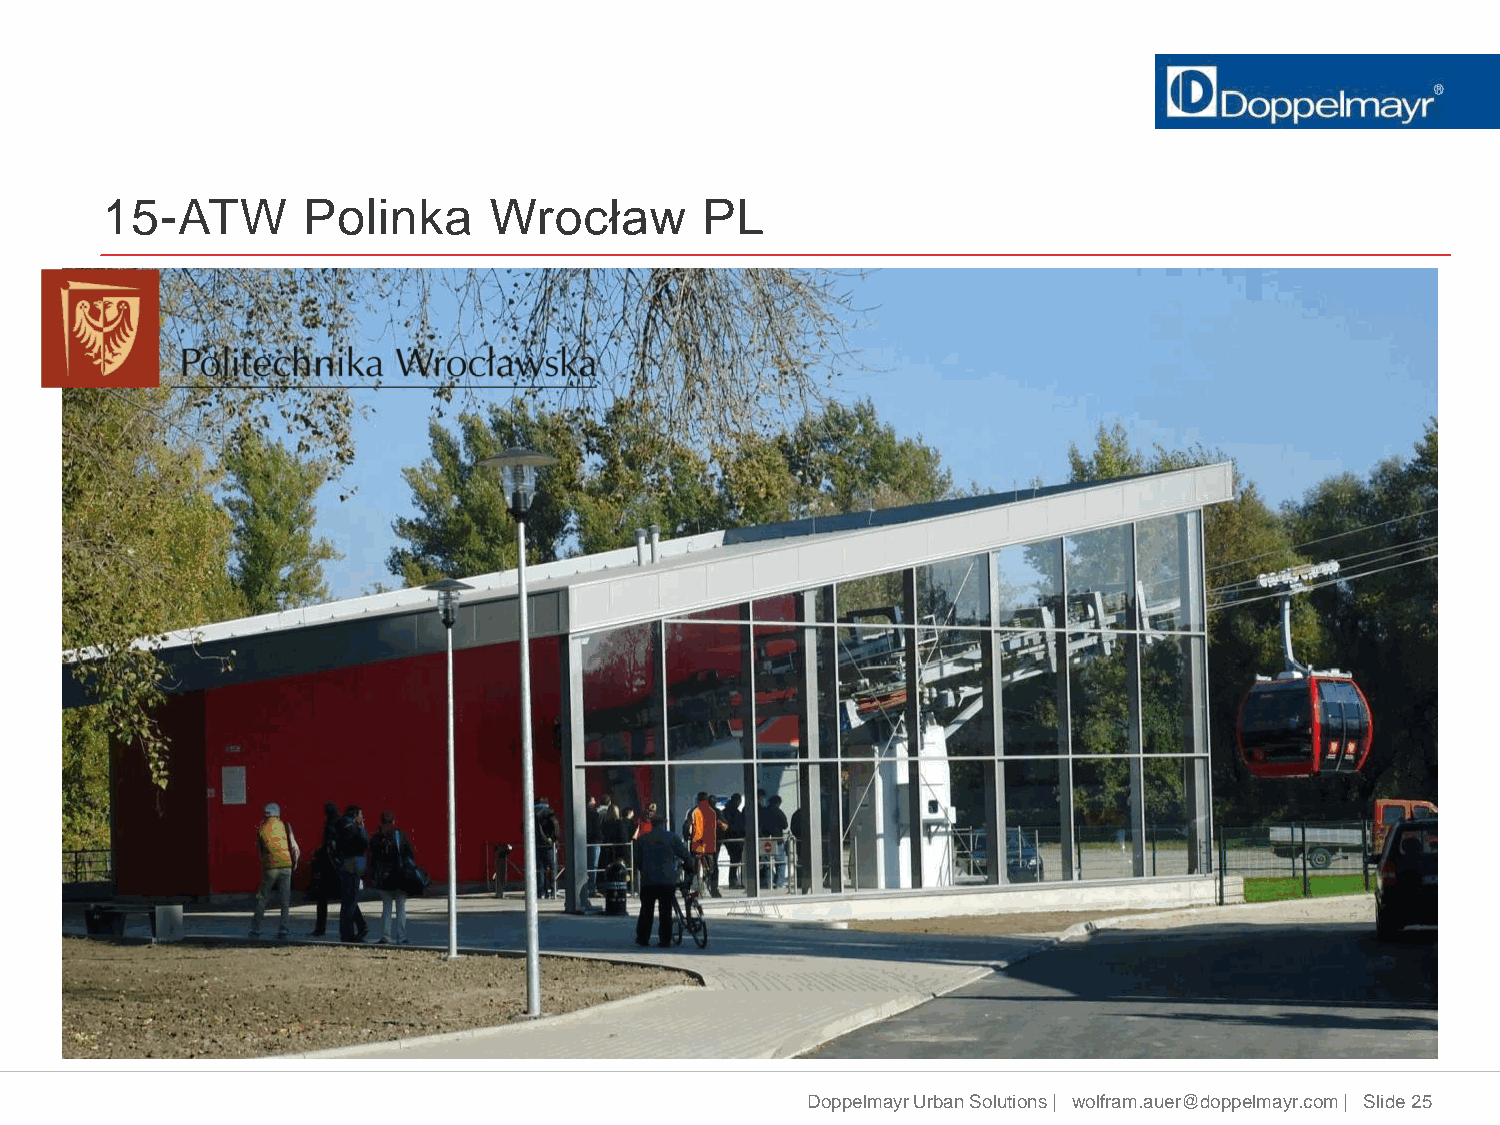
15-ATW       Polinka     Wrocław       PL
 Doppelmayr Urban Solutions | wolfram.auer@doppelmayr.com | Slide 25